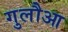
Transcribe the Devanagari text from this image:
गुलौआ